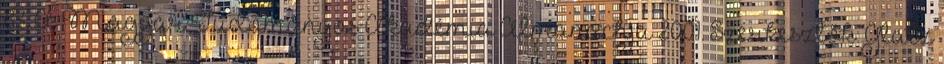
83. A Magyar Tudományos Akadémia Almanachja 2001. Szerkesztők: Glatz